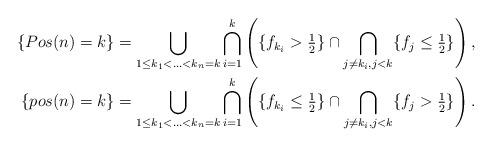
LaTeX: \begin{align*}\begin{aligned}\{Pos(n)=k\} & =\bigcup_{1\leq k_1<...<k_n=k}\bigcap_{i=1}^k \left( \{ f_{k_i}>{\tfrac12}\} \cap\bigcap_{j\neq k_i,j<k} \{ f_j\leq{ \tfrac12}\}\right),\\\{pos(n)=k\} & =\bigcup_{1\leq k_1<...<k_n=k} \bigcap_{i=1}^k \left( \{f_{k_i}\leq{ \tfrac12}\} \cap\bigcap_{j\neq k_i,j<k}\{ f_j>{ \tfrac 12}\} \right).\end{aligned}\end{align*}